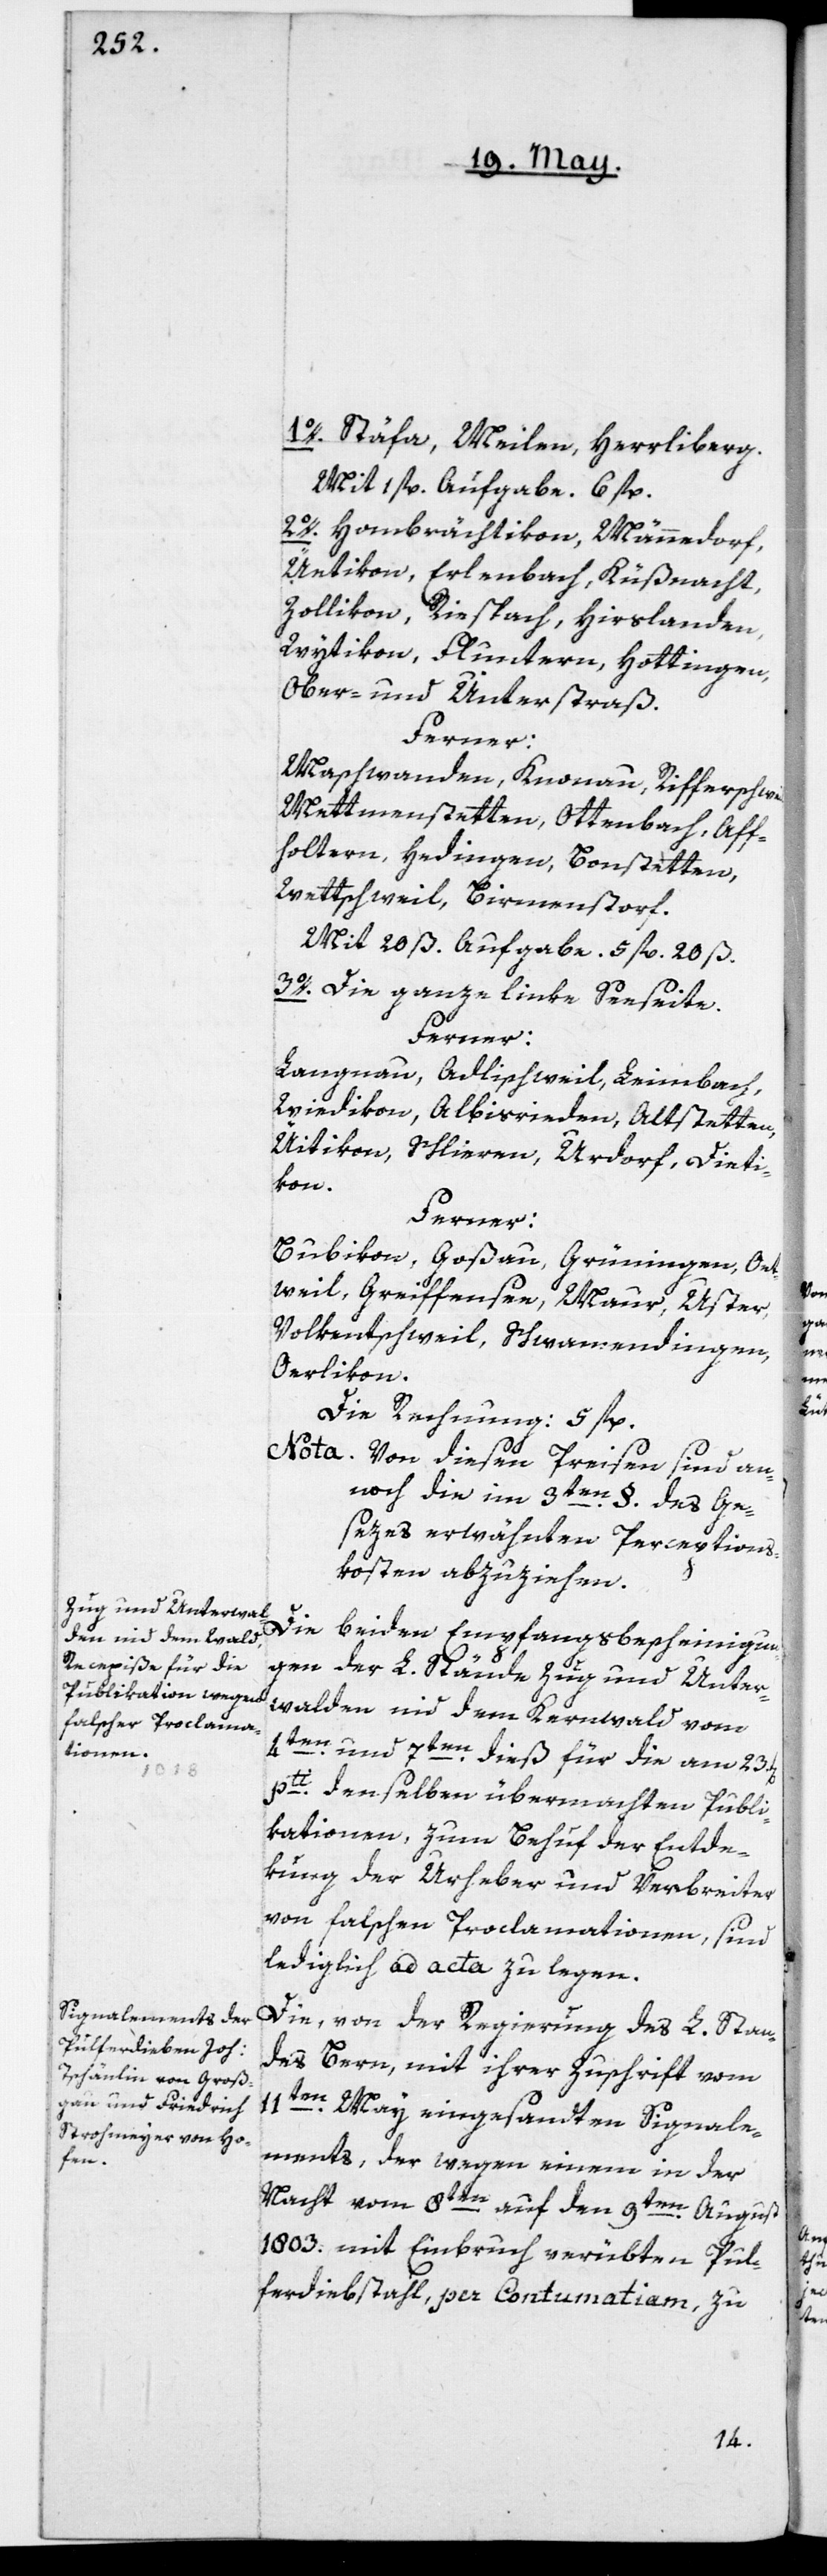
1o. Stäfa, Meilen, Herrliberg.
Mit 1 fl. Aufgabe. 6 fl.
2o. Hombrächtikon, Männedorf,
Üetikon, Erlenbach, Küßnacht,
Zollikon, Riespach, Hirslanden,
Wytikon, Fluntern, Hottingen,
Ober- und Unterstraß.
Ferner:
Maschwanden, Knonau, Rifferschweil,
Mettmenstetten, Ottenbach, Af¬
foltern, Hedingen, Bonstetten,
Wettschweil, Birmenstorf.
Mit 20 ß. Aufgabe. 5 fl. 20 ß.
3o. Die ganze linke Seeseite.
Ferner:
Langnau, Adlischweil, Leimbach,
Wiedikon, Albisrieden, Altstetten,
Üitikon, Schlieren, Urdorf, Dieti¬
kon.
Ferner;
Bubikon, Goßau, Grüningen, Oet¬
weil, Greiffensee, Maur, Uster,
Volkentschweil, Schwamendingen,
Oerlikon.
Die Rechnung: 5 fl.
Nota. Von diesen Preisen sind an¬
noch die im 3ten §. des Ge¬
sezes erwähnten Perceptions¬
kosten abzuziehen.
Die
beiden Empfangsbescheinigun¬
gen der L. Stände Zug und Unter¬
walden nid dem Kernwald vom
4ten und 7ten dieß für die am 23t[en]
ptti denselben übermachten Publi¬
kationen, zum Behuf der Entde¬
kung der Urheber und Verbreiter
von falschen Proklamationen, sind
lediglich ad acta zu legen.
Die, von der Regierung des L. Stan¬
des Bern, mit ihrer Zuschrift vom
11ten May eingesandten Signale¬
ments, der wegen einem in der
Nacht vom 8ten auf den 9ten August
1803. mit Einbruch verübten Pul¬
verdiebstahl, per Contumatiam, zu